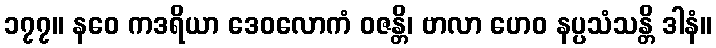
၁၇၇။ နဝေ ကဒရိယာ ဒေဝလောကံ ဝဇန္တိ၊ ဗာလာ ဟေဝ နပ္ပသံသန္တိ ဒါနံ။